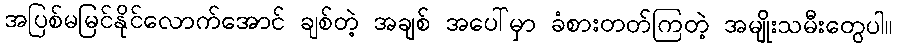
အပြစ်မမြင်နိုင်လောက်အောင် ချစ်တဲ့ အချစ် အပေါ်မှာ ခံစားတတ်ကြတဲ့ အမျိုးသမီးတွေပါ။